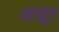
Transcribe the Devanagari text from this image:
अजूर